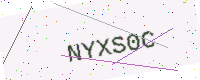
Text: NYXS0C